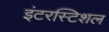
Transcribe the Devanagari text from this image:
इंटरस्टिशल